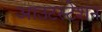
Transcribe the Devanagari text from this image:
आउटस्टेशन